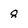
Character: g